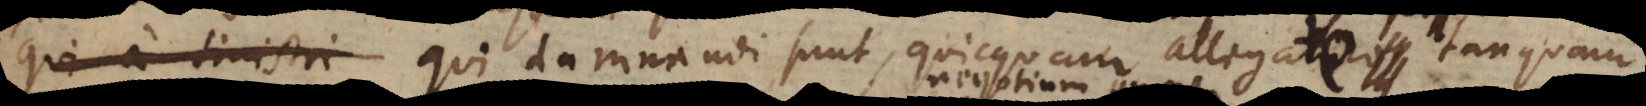
qui a sinistri damnandi sunt, quicquam allegare posse tanq